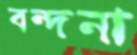
বন্দনা